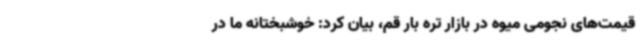
قیمت‌های نجومی میوه‌ در بازار تره بار قم، بیان کرد: خوشبختانه ما در